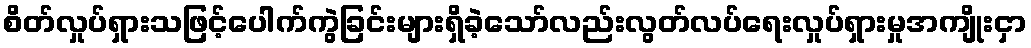
စိတ်လှုပ်ရှားသဖြင့်ပေါက်ကွဲခြင်းများရှိခဲ့သော်လည်းလွတ်လပ်ရေးလှုပ်ရှားမှုအကျိုးငှာ